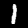
Digit: 1